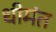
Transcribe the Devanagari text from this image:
धीमंत